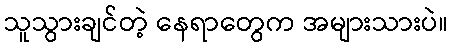
သူသွားချင်တဲ့ နေရာတွေက အများသားပဲ။